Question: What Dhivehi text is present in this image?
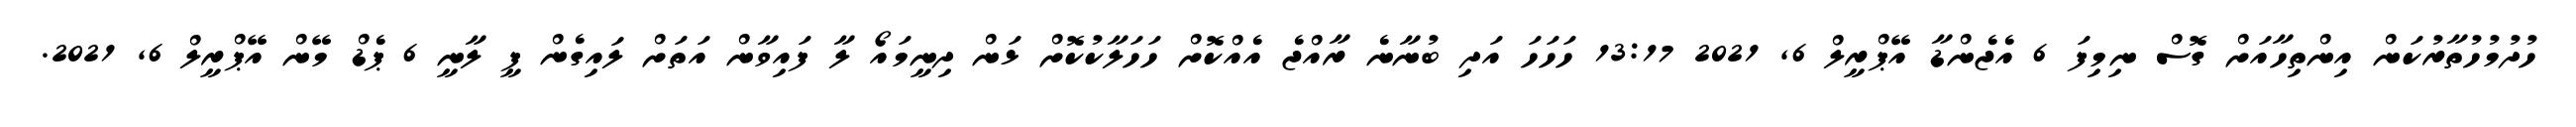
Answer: ހުދުމުހުތާރުކަން އިންތިހާއަށް ގޮސް ނިމިފަ 6 އެޖެންޑާ އޭޕްރީލް 6, 2021 13:17 ހަހަހަ އަދި ބުނާނެ ރާއްޖެ އެއްކޮށް ހަހަލާކުކޮށް ޅަން ދިނީމައޯ ލާ ފައިވާން އަތަށް ލައިގެން ފީ ލާނީ 6 ޕެޑް މޭން އޭޕްރީލް 6, 2021.